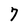
Character: 7